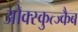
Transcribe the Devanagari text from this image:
ओक्स्कुत्ज्कैब